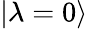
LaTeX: |\lambda=0\rangle